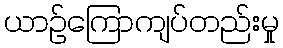
ယာဉ်ကြောကျပ်တည်းမှု